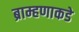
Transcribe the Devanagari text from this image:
ब्राम्हणाकडे